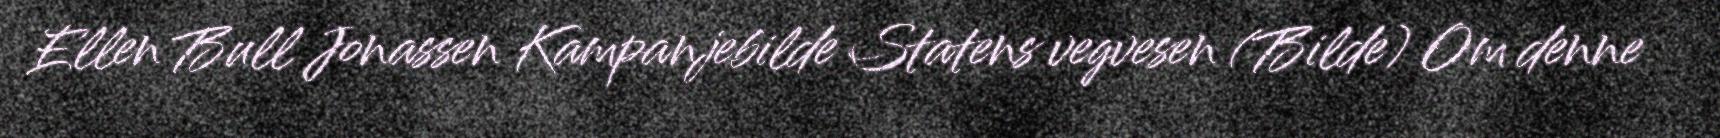
Ellen Bull Jonassen Kampanjebilde Statens vegvesen (Bilde) Om denne